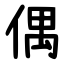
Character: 偶